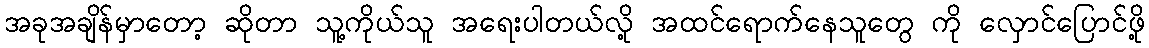
အခုအချိန်မှာတော့ ဆိုတာ သူ့ကိုယ်သူ အရေးပါတယ်လို့ အထင်ရောက်နေသူတွေ ကို လှောင်ပြောင်ဖို့